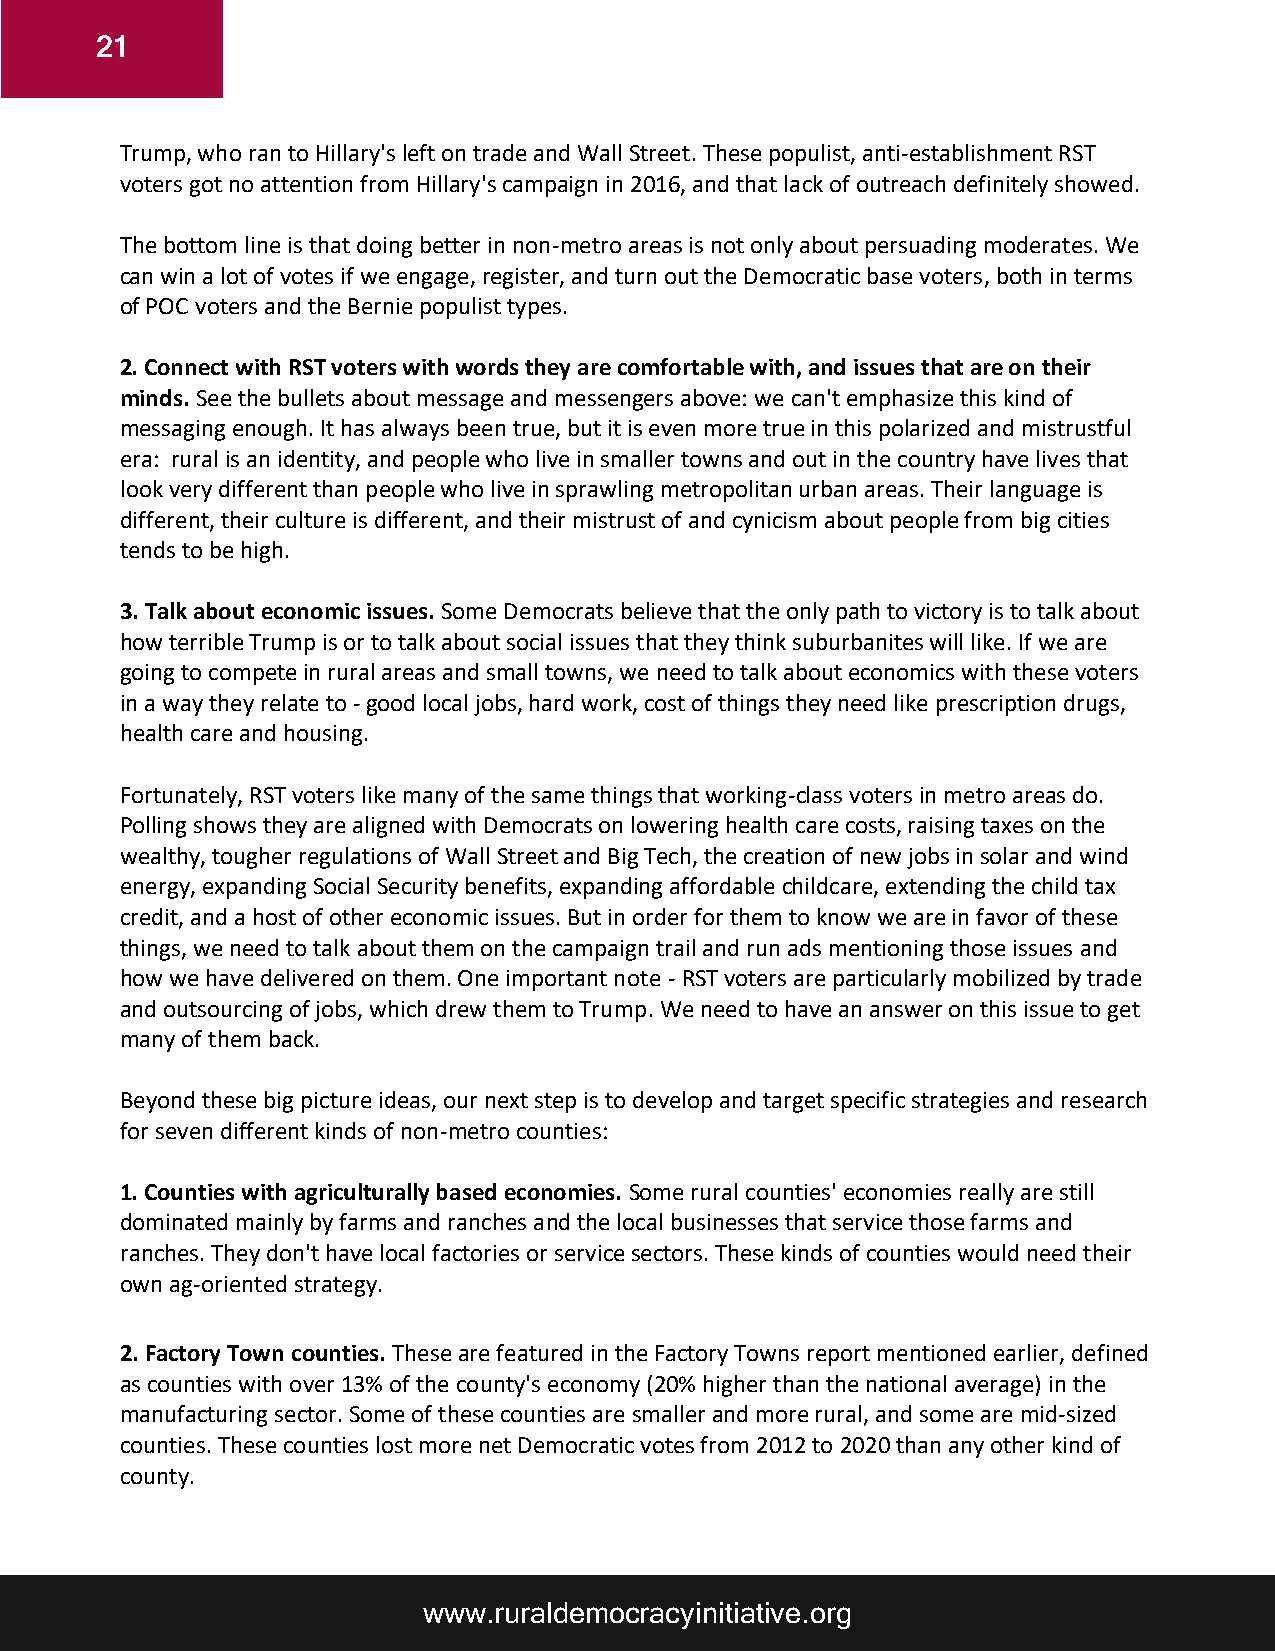
21
 Trump, who ran to Hillary's left on trade and Wall Street. These populist, anti-establishment RST
 voters got no attention from Hillary's campaign in 2016, and that lack of outreach definitely showed.
 The bottom line is that doing better in non-metro areas is not only about persuading moderates. We
 can win a lot of votes if we engage, register, and turn out the Democratic base voters, both in terms
 of POC voters and the Bernie populist types.
 2. Connect with RST voters with words they are comfortable with, and issues that are on their
 minds. See the bullets about message and messengers above: we can't emphasize this kind of
 messaging enough. It has always been true, but it is even more true in this polarized and mistrustful
 era: rural is an identity, and people who live in smaller towns and out in the country have lives that
 look very different than people who live in sprawling metropolitan urban areas. Their language is
 different, their culture is different, and their mistrust of and cynicism about people from big cities
 tends to be high.
 3. Talk about economic issues. Some Democrats believe that the only path to victory is to talk about
 how terrible Trump is or to talk about social issues that they think suburbanites will like. If we are
 going to compete in rural areas and small towns, we need to talk about economics with these voters
 in a way they relate to - good local jobs, hard work, cost of things they need like prescription drugs,
 health care and housing.
 Fortunately, RST voters like many of the same things that working-class voters in metro areas do.
 Polling shows they are aligned with Democrats on lowering health care costs, raising taxes on the
 wealthy, tougher regulations of Wall Street and Big Tech, the creation of new jobs in solar and wind
 energy, expanding Social Security benefits, expanding affordable childcare, extending the child tax
 credit, and a host of other economic issues. But in order for them to know we are in favor of these
 things, we need to talk about them on the campaign trail and run ads mentioning those issues and
 how we have delivered on them. One important note - RST voters are particularly mobilized by trade
 and outsourcing of jobs, which drew them to Trump. We need to have an answer on this issue to get
 many of them back.
 Beyond these big picture ideas, our next step is to develop and target specific strategies and research
 for seven different kinds of non-metro counties:
 1. Counties with agriculturally based economies. Some rural counties' economies really are still
 dominated mainly by farms and ranches and the local businesses that service those farms and
 ranches. They don't have local factories or service sectors. These kinds of counties would need their
 own ag-oriented strategy.
 2. Factory Town counties. These are featured in the Factory Towns report mentioned earlier, defined
 as counties with over 13% of the county's economy (20% higher than the national average) in the
 manufacturing sector. Some of these counties are smaller and more rural, and some are mid-sized
 counties. These counties lost more net Democratic votes from 2012 to 2020 than any other kind of
 county.
 www.ruraldemocracyinitiative.org